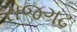
રાજગઢ